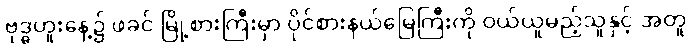
ဗုဒ္ဓဟူးနေ့၌ ဖခင် မြို့စားကြီးမှာ ပိုင်စားနယ်မြေကြီးကို ဝယ်ယူမည့်သူနှင့် အတူ